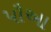
પૌઆ